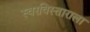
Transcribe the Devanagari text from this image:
स्वरविस्ताराला